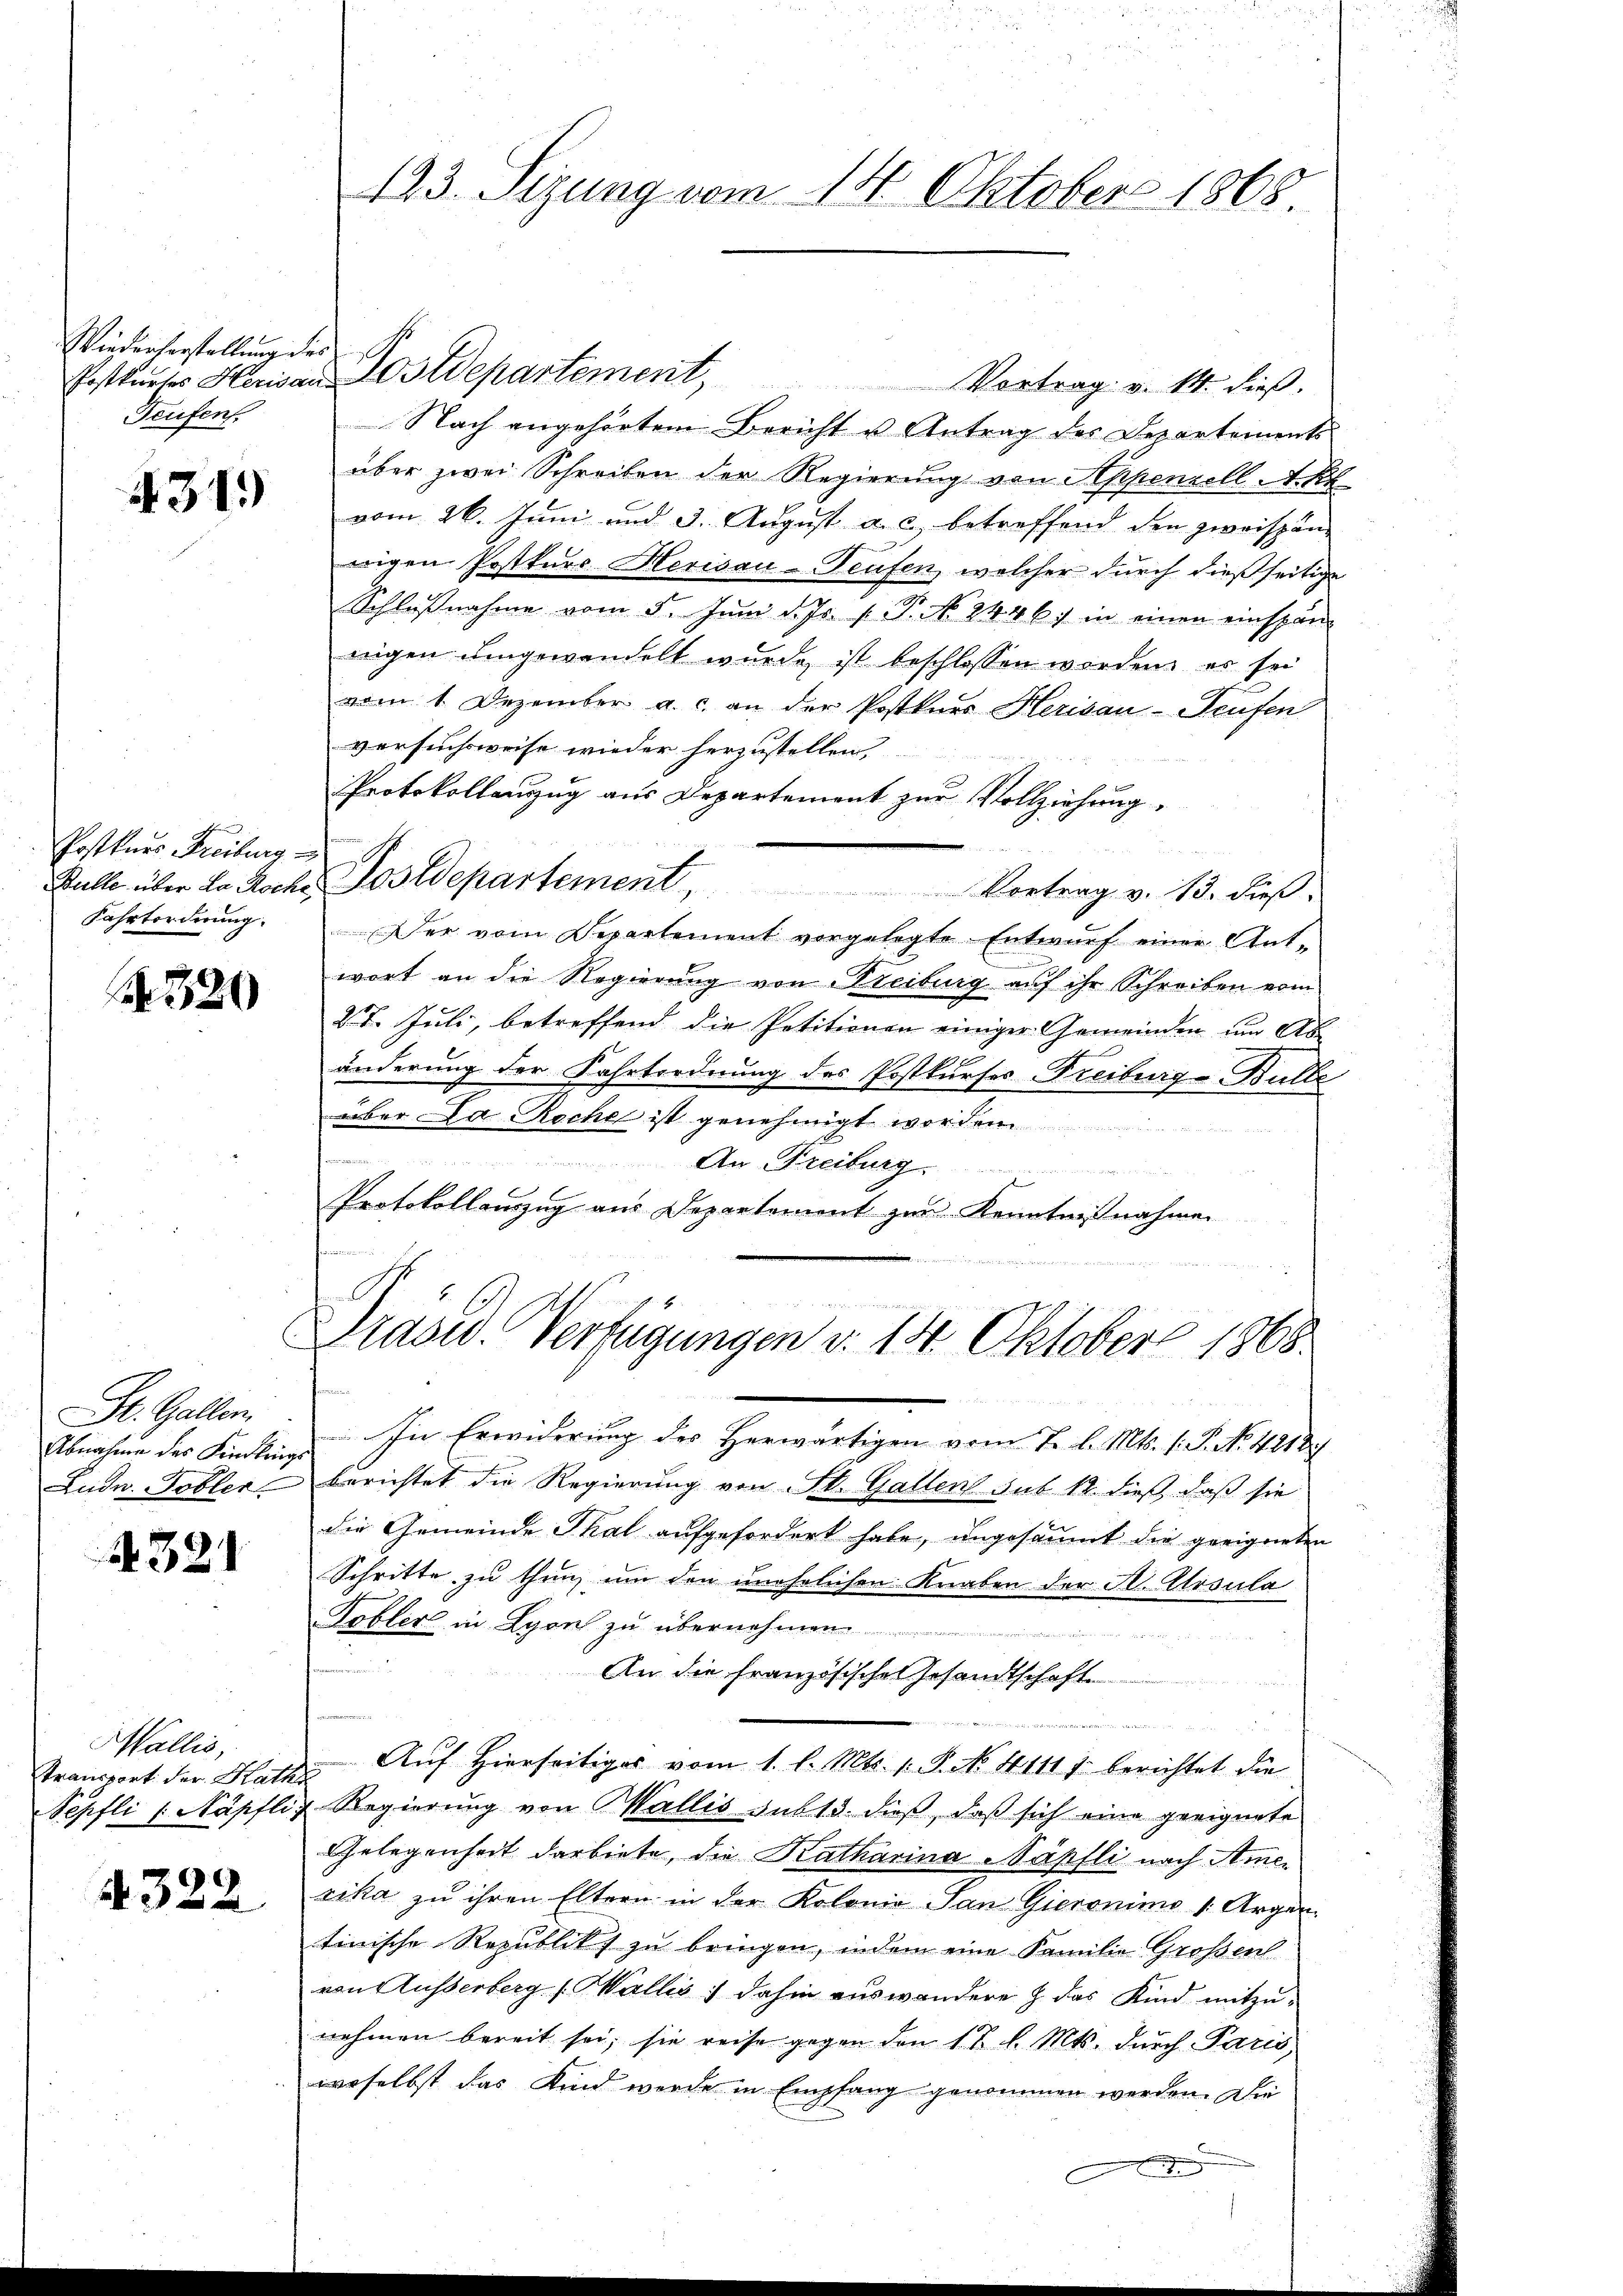
Wiederherstellung des
Teufen.

431)

e
Postkurs Freiburg
Fahrtorderung.

N 220

St. Gallen.
Abnahme des Kindlings
Ludn. Tobler.

A321

Wallis,
transport der Rath

4322

123. Sezung vom 14. Oktober 1868.

Vortrag v. M. dieß.
Nach angehörtem Bericht u Antrag des Departements
über zwei Schreiben der Regierung von Appenzell A. Kr
vom 26. Juni und 3. August a. c., betreffend den zweispän-
wigen Postkurs Herisau-Teufen, welcher durch dießseitige
Schlußnahme vom 5. Juni d. Js. v. P. No. 24467 in einen einspännigen umgewandelt wurde ist beschlossen worden, es sei
vom 1. Dezember a. c. an der Postenes Herisau-Seufen
versuchsweise wieder herzustellen,
Protokollanzug aus Departement zur Vollziehung,
Bulle über in Roche Postdepartement, Vortrag v. 13. dieβ.
Der vom Departement vorgelegte Entwurf einer Antwort an die Regierung von Freiburg auf ihr Schreiben vom
27. Juli, betreffend die Petitionen einiger Gemeinden um Abänderung der Fahrtordnung des Postkurses Freiburgo Bulle
über Da Roche ist genehmigt worden
f einen und eine
umann. An Freiburg . . . . . . . .
Protokollauszug aus Departement zur Kenntnißnahmen
Prasw. Verfügungen v. 14. Oktober 1868
In Erwiderung des Herwärtigen vom 7. l. Mts. (: P. No. 4218/
berichtet die Regierung von St. Gallent sub 12. dieß, daß sie
die Gemeinde Thal aufgefordert habe, ungesäumt die geeigneten
Schritte zu thun, um den unehelichen Knaben der H. Atrsula
Tobler in Lyon zu übernehmen.
 0 x
An die Französisches Gesandtschaft
d

Auf Hierseitiges vom 1. l. Mts. 1. P. No. 4111 1 berichtet die
s
Nepfli (Näpfli, Regierŭng von Wallis sub 13. dieß, daß sich eine geeignete
Gelegenheit darbiete, die Katharina Päpfli nach Amerika zu ihren Eltern in der Kolonio San Gieronimo 1. Argen.
tinische Republik zu bringen, indem eine Familie Großen
von Ausserberg (Wallis dahin auswandere & das Kind mitzunehmen bereit sei; sie reise gegen den 12 l. Mts. durch Paris,
woselbst das Kind werde in Empfang genommen werden. Die

Postkurses Herisan Postdepartement,